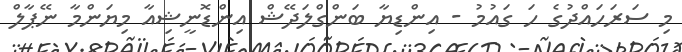
މި ސަރަހައްދުގެ ހަ ގައުމު - އިންޑިޔާ ބަންގްލަދޭޝް އިންޑޮނީޝިއާ މިޔަންމާ ނޭޕާލް